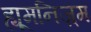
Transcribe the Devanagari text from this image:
ह्यूमनिज़्म